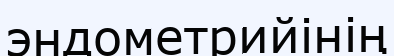
эндометрийінің